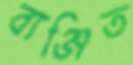
ব্যঞ্জিত